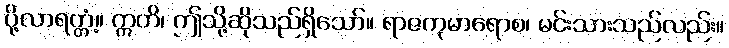
ပို့လာရတ္တံ့။ ဣတိ၊ ဤသို့ဆိုသည်ရှိသော်။ ရာဇကုမာရောစ၊ မင်းသားသည်လည်း။